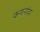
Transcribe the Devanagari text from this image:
कथनांवर